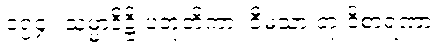
၁၅၄။ သမ္မာဒိဋ္ဌိ ပဘုတိကာ၊ ဝီမံသာ တု ဝိစာရဏာ။